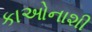
કાઓનાશી